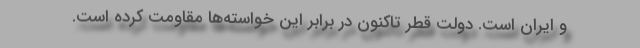
و ایران است. دولت قطر تاکنون در برابر این خواسته‌ها مقاومت کرده است.